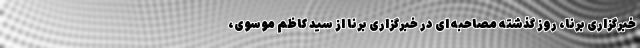
خبرگزاری برنا، روز گذشته مصاحبه ای در خبرگزاری برنا از سید کاظم موسوی،